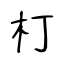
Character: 朾